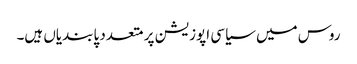
روس میں سیاسی اپوزیشن پر متعدد پابندیاں ہیں۔